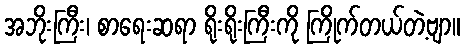
အဘိုးကြီး၊ စာရေးဆရာ ရိုးရိုးကြီးကို ကြိုက်တယ်တဲ့ဗျာ။